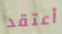
أعتقد